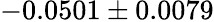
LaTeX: -0.0501\pm 0.0079